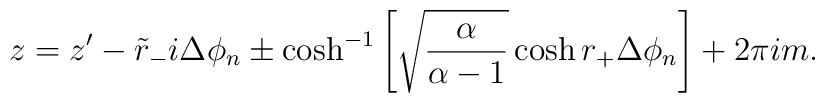
z = z' - \tilde{r}_- i \Delta \phi_n \pm \cosh^{-1} \left[ \sqrt{\alpha \over \alpha-1} \cosh r_+ \Delta \phi_n \right] + 2\pi i m.